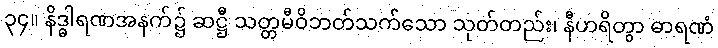
၃၄။ နိဒ္ဓါရဏအနက်၌ ဆဋ္ဌီ သတ္တမီဝိဘတ်သက်သော သုတ်တည်း၊ နီဟရိတွာ ဓာရဏံ